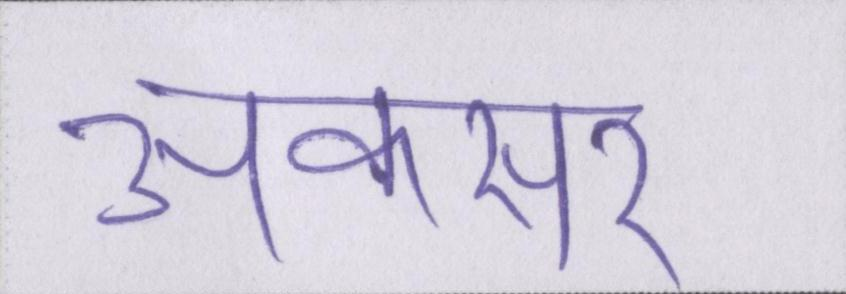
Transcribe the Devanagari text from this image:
अकसर